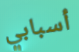
أسبابي